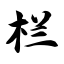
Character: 栏